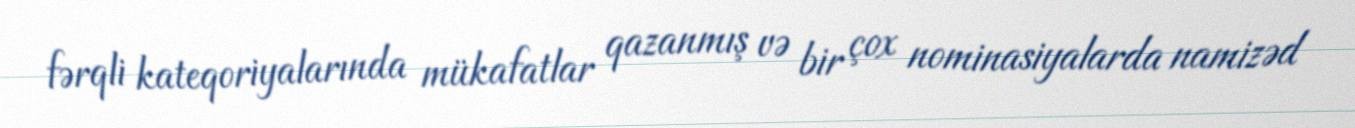
fərqli kateqoriyalarında mükafatlar qazanmış və bir çox nominasiyalarda namizəd